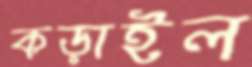
কড়াইল